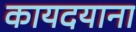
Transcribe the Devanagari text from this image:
कायदयाना